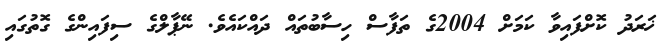
ޚަރަދު ކޮށްފައިވާ ކަމަށް 2004ގެ ތަފާސް ހިސާބުތައް ދައްކައެވެ. ނޭޕާލްގެ ސިފައިންގެ ގޮތުގައި